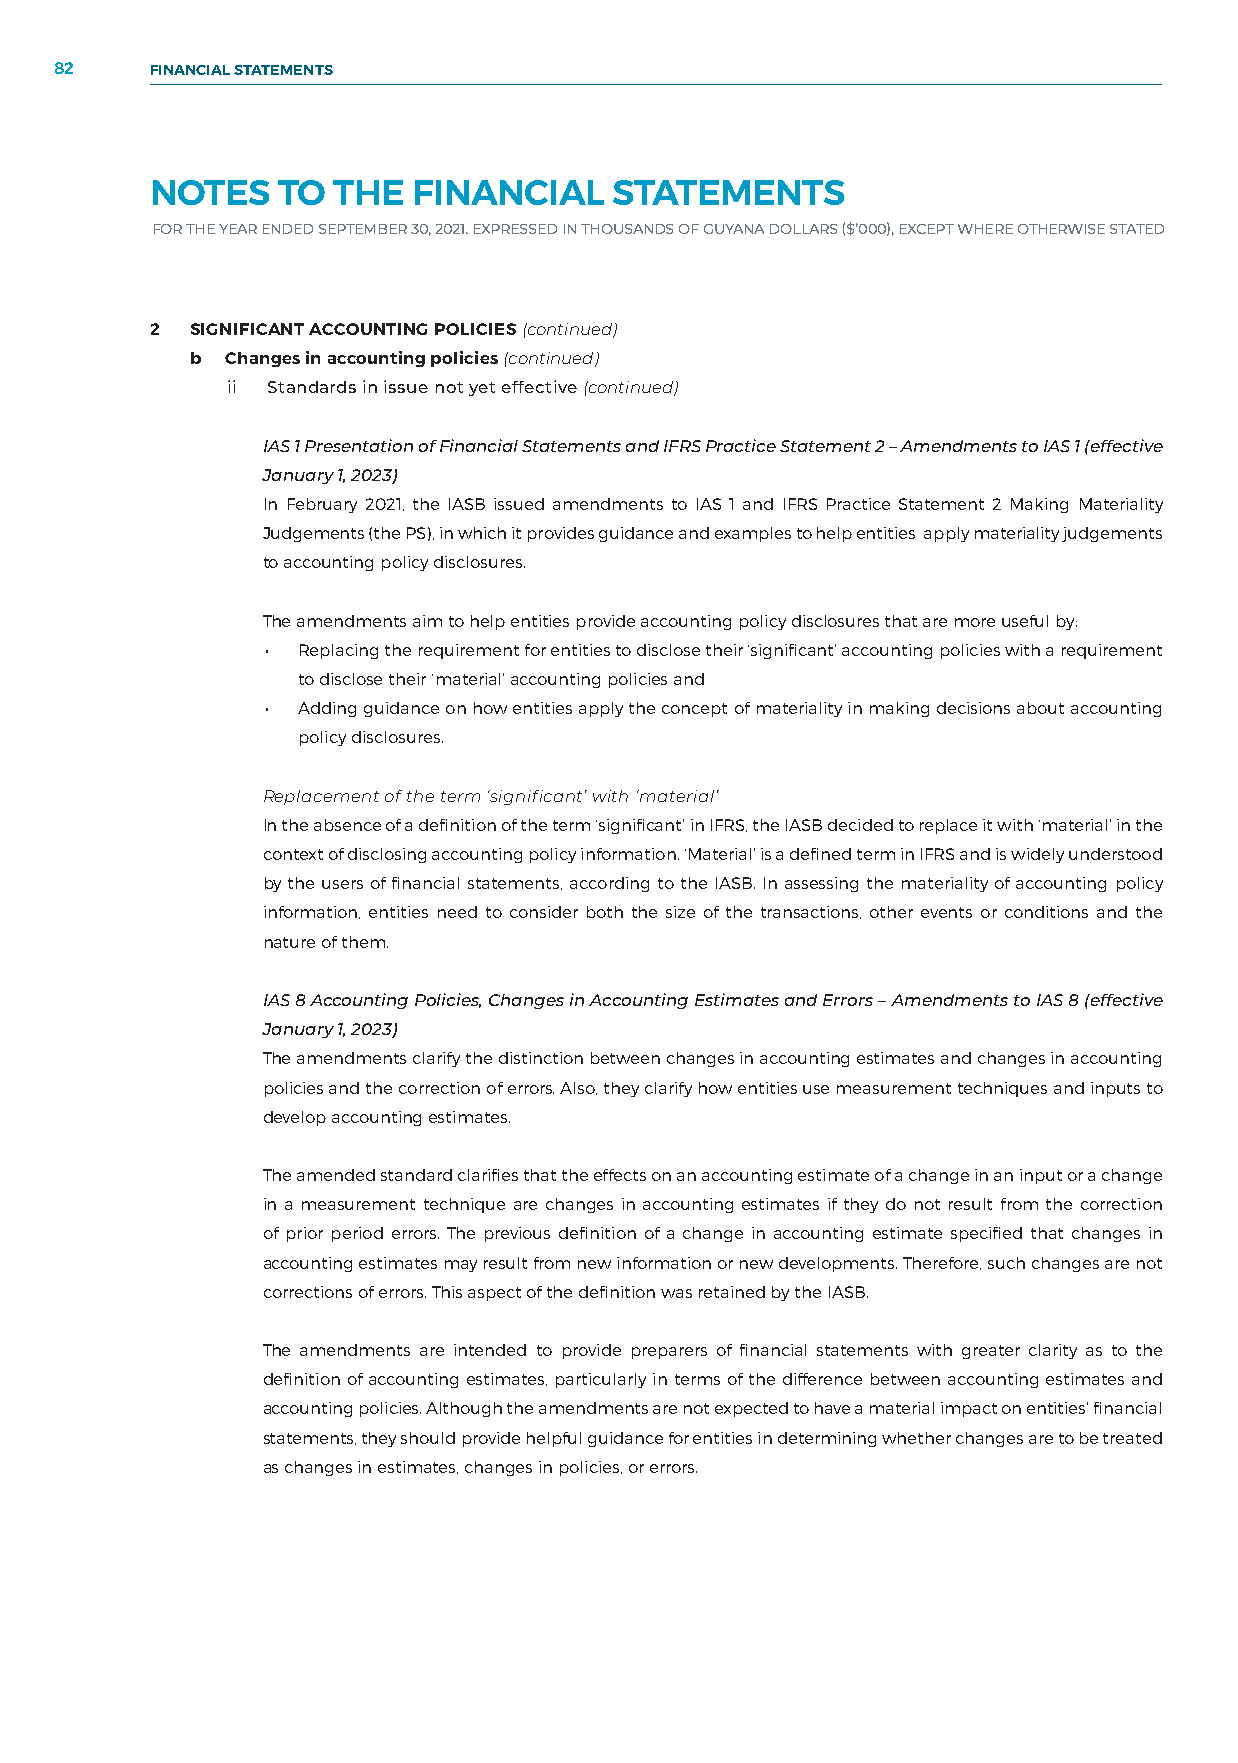
82    FINANCIAL STATEMENTS
 NOTES   TO  THE  FINANCIAL     STATEMENTS
 FOR THE YEAR ENDED SEPTEMBER 30, 2021. EXPRESSED IN THOUSANDS OF GUYANA DOLLARS ($’000), EXCEPT WHERE OTHERWISE STATED
 2  SIGNIFICANT ACCOUNTING POLICIES (continued)
 b Changes in accounting policies (continued)
 ii Standards in issue not yet effective (continued)
 IAS 1 Presentation of Financial Statements and IFRS Practice Statement 2 – Amendments to IAS 1 (effective
 January 1, 2023)
 In February 2021, the IASB issued amendments to IAS 1 and IFRS Practice Statement 2 Making Materiality
 Judgements (the PS), in which it provides guidance and examples to help entities apply materiality judgements
 to accounting policy disclosures.
 The amendments aim to help entities provide accounting policy disclosures that are more useful by:
 • Replacing the requirement for entities to disclose their ‘significant’ accounting policies with a requirement
 to disclose their ‘material’ accounting policies and
 • Adding guidance on how entities apply the concept of materiality in making decisions about accounting
 policy disclosures.
 Replacement of the term ‘significant’ with ‘material’
 In the absence of a definition of the term ‘significant’ in IFRS, the IASB decided to replace it with ‘material’ in the
 context of disclosing accounting policy information. ‘Material’ is a defined term in IFRS and is widely understood
 by the users of financial statements, according to the IASB. In assessing the materiality of accounting policy
 information, entities need to consider both the size of the transactions, other events or conditions and the
 nature of them.
 IAS 8 Accounting Policies, Changes in Accounting Estimates and Errors – Amendments to IAS 8 (effective
 January 1, 2023)
 The amendments clarify the distinction between changes in accounting estimates and changes in accounting
 policies and the correction of errors. Also, they clarify how entities use measurement techniques and inputs to
 develop accounting estimates.
 The amended standard clarifies that the effects on an accounting estimate of a change in an input or a change
 in a measurement technique are changes in accounting estimates if they do not result from the correction
 of prior period errors. The previous definition of a change in accounting estimate specified that changes in
 accounting estimates may result from new information or new developments. Therefore, such changes are not
 corrections of errors. This aspect of the definition was retained by the IASB.
 The amendments are intended to provide preparers of financial statements with greater clarity as to the
 definition of accounting estimates, particularly in terms of the difference between accounting estimates and
 accounting policies. Although the amendments are not expected to have a material impact on entities’ financial
 statements, they should provide helpful guidance for entities in determining whether changes are to be treated
 as changes in estimates, changes in policies, or errors.